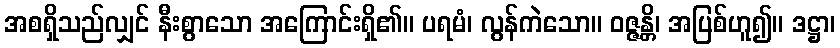
အစရှိသည်လျှင် နီးစွာသော အကြောင်းရှိ၏။ ပရမံ၊ လွန်ကဲသော။ ဝဇ္ဇန္တိ၊ အပြစ်ဟူ၍။ ဒဋ္ဌာ၊